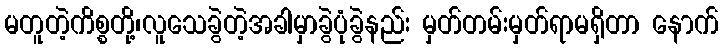
မတူတဲ့ကိစ္စတို့၊လူသေခွဲတဲ့အခါမှာခွဲပုံခွဲနည်း မှတ်တမ်းမှတ်ရာမရှိတာ နောက်